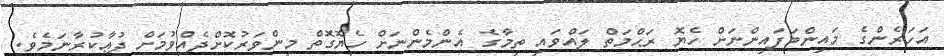
އަހަރެންގެ މައިންބަފައިންނަށް ހެޔޮ ރަޙްމަތް ލައްވައި ތިމާގެ އެންމެންނަށް ހެޔޮގޮތް މިންވަރުކޮށްދެއްވުމަށް ދުޢާކުރާނަމެވެ.